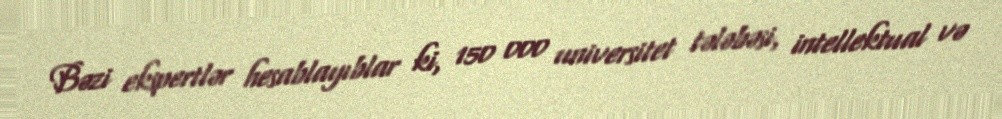
Bəzi ekspertlər hesablayıblar ki, 150 000 universitet tələbəsi, intellektual və